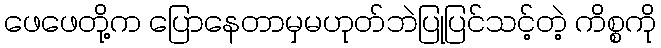
ဖေဖေတို့က ပြောနေတာမှမဟုတ်ဘဲပြုပြင်သင့်တဲ့ ကိစ္စကို